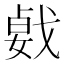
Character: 𢧛